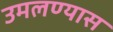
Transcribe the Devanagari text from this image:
उमलण्यास